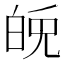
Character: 𤽪